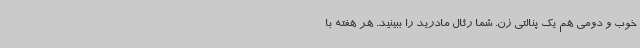
خوب و دومی هم یک پنالتی زن. شما رئال مادرید را ببینید. هر هفته با